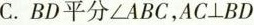
C. BD平分\angle ABC,$$AC\bot BD$$